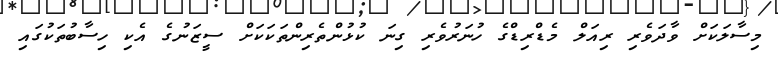
މިސާލަކަށް ވާދަވެރި ރިއަލް މެޑްރިޑްގެ ހުނަރުވެރި ގިނަ ކުޅުންތެރިންތަކަކަށް ސީޒަނުގެ އެކި ހިސާބުތަކުގައި